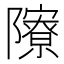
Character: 𨽒